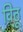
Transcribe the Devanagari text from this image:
वि्ठू